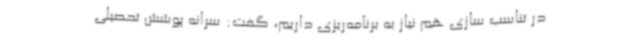
در تناسب سازی هم نیاز به برنامه‌ریزی داریم، گفت: سرانه پوشش تحصیلی